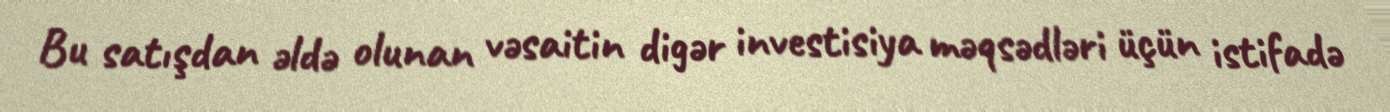
Bu satışdan əldə olunan vəsaitin digər investisiya məqsədləri üçün istifadə